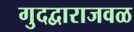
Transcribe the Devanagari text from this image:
गुदद्वाराजवळ